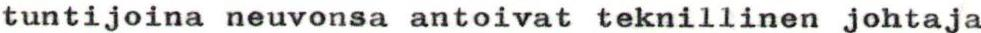
tuntijoina neuvonsa antoivat teknillinen johtaja